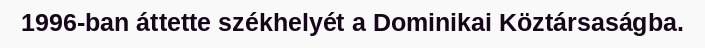
1996-ban áttette székhelyét a Dominikai Köztársaságba.